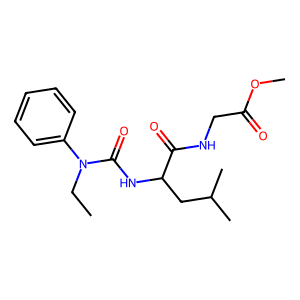
SMILES: CCN(C(=O)NC(CC(C)C)C(=O)NCC(=O)OC)c1ccccc1
Inhibits HIV replication: No